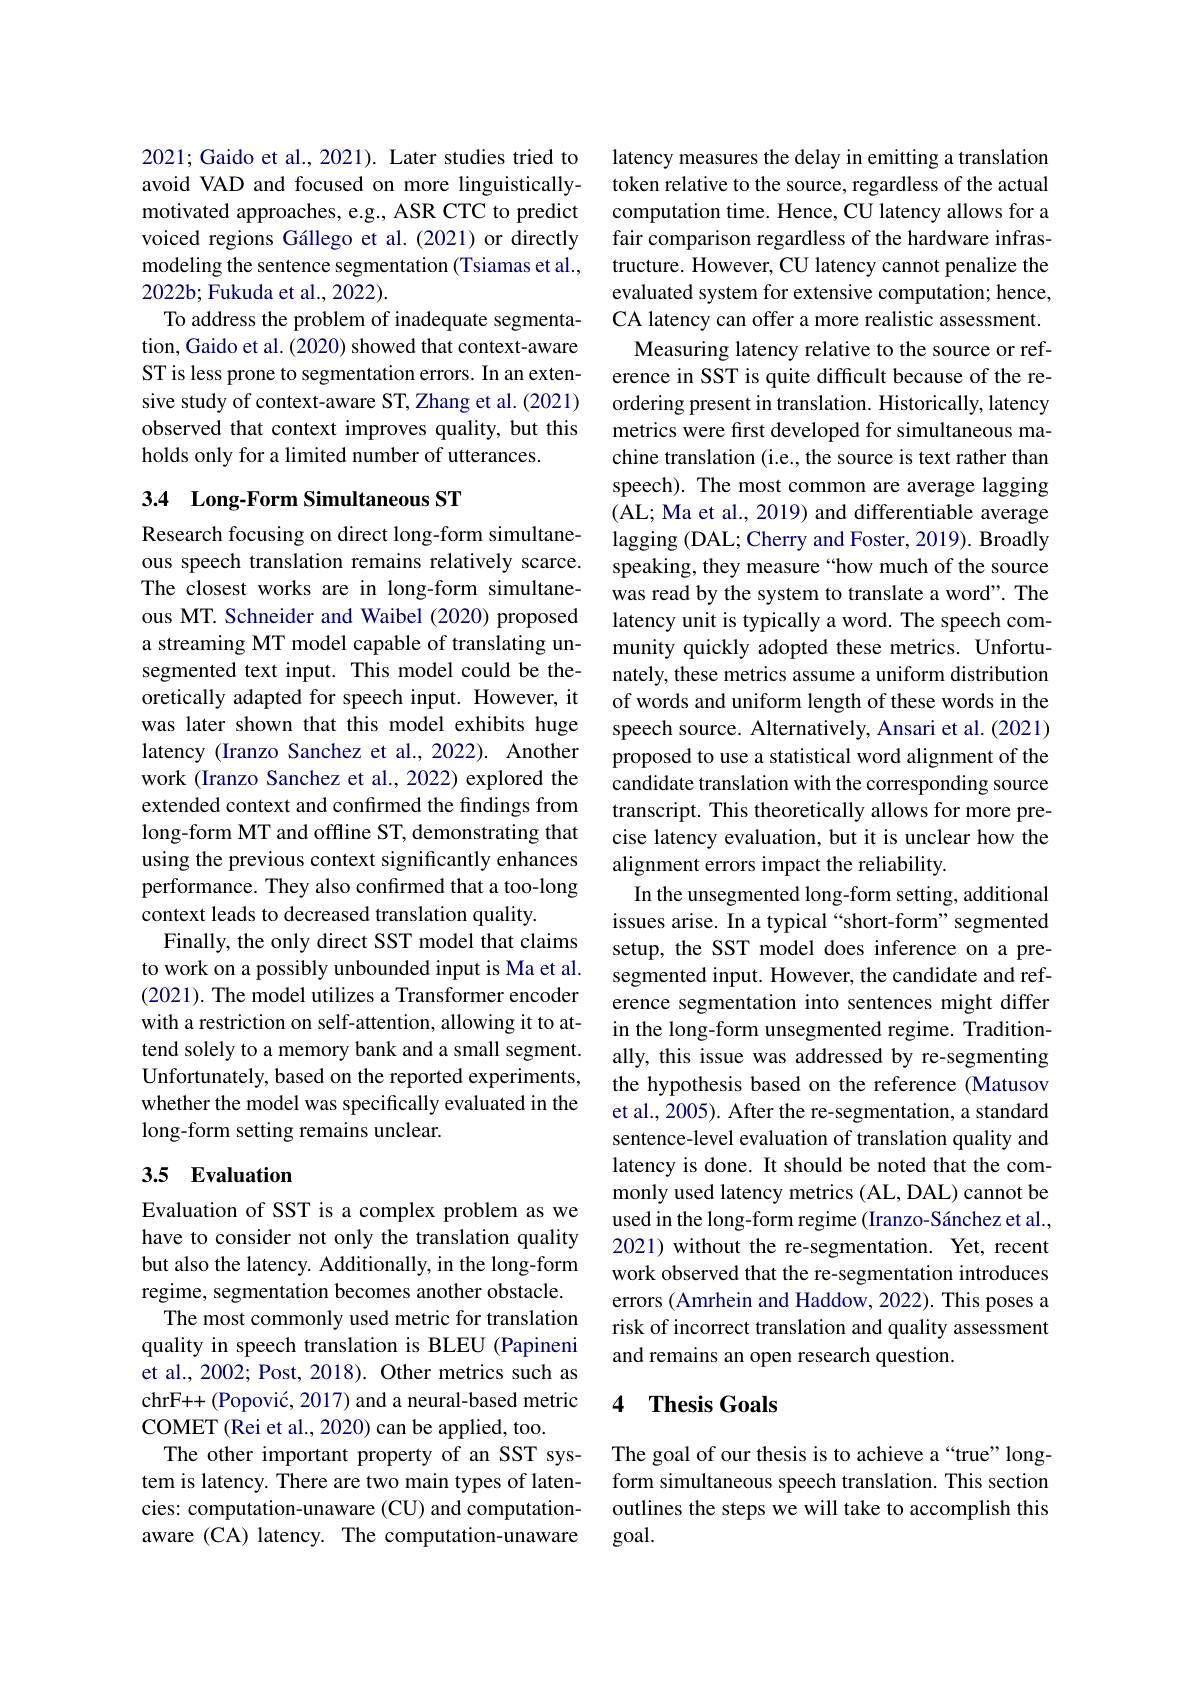
2021; Gaido et al., 2021). Later studies tried to avoid VAD and focused on more linguisticallymotivated approaches, e.g., ASR CTC to predict voiced regions Gállego et al.(2021) or directly modeling the sentence segmentation (Tsiamas et al., 2022b; Fukuda et al., 2022).
To address the problem of inadequate segmentation, Gaido et al. (2020) showed that context-aware ST is less prone to segmentation errors. In an extensive study of context-aware ST, Zhang et al.(2021) observed that context improves quality, but this holds only for a limited number of utterances.

## 3.4 Long-Form Simultaneous ST

Research focusing on direct long-form simultaneous speech translation remains relatively scarce. The closest works are in long-form simultaneous MT. Schneider and Waibel (2020) proposed a streaming MT model capable of translating unsegmented text input. This model could be theoretically adapted for speech input. However, it was later shown that this model exhibits huge latency (Iranzo Sanchez et al.,2022). Another work (Iranzo Sanchez et al., 2022) explored the extended context and confirmed the findings from long-form MT and offline ST, demonstrating that using the previous context significantly enhances performance. They also confirmed that a too-long context leads to decreased translation quality.
Finally, the only direct SST model that claims to work on a possibly unbounded input is Ma et al. (2021). The model utilizes a Transformer encoder with a restriction on self-attention, allowing it to attend solely to a memory bank and a small segment. Unfortunately, based on the reported experiments, whether the model was specifically evaluated in the long-form setting remains unclear.

## 3.5 Evaluation

Evaluation of SST is a complex problem as we have to consider not only the translation quality but also the latency. Additionally, in the long-form regime, segmentation becomes another obstacle.
The most commonly used metric for translation quality in speech translation is BLEU (Papineni et al., 2002; Post, 2018). Other metrics such as chrF++ (Popović, 2017) and a neural-based metric COMET (Rei et al., 2020) can be applied, too.
The other important property of an SST system is latency. There are two main types of latencies: computation-unaware (CU) and computationaware (CA) latency. The computation-unaware

latency measures the delay in emitting a translation token relative to the source, regardless of the actual computation time. Hence, CU latency allows for a fair comparison regardless of the hardware infrastructure. However, CU latency cannot penalize the evaluated system for extensive computation; hence, CA latency can offer a more realistic assessment.
Measuring latency relative to the source or reference in SST is quite difficult because of the reordering present in translation. Historically, latency metrics were first developed for simultaneous machine translation (i.e., the source is text rather than speech). The most common are average lagging (AL; Ma et al., 2019) and differentiable average lagging (DAL; Cherry and Foster, 2019). Broadly speaking, they measure “how much of the source was read by the system to translate a word". The latency unit is typically a word. The speech community quickly adopted these metrics. Unfortunately, these metrics assume a uniform distribution of words and uniform length of these words in the speech source. Alternatively, Ansari et al. (2021) proposed to use a statistical word alignment of the candidate translation with the corresponding source transcript. This theoretically allows for more precise latency evaluation, but it is unclear how the alignment errors impact the reliability.
In the unsegmented long-form setting, additional issues arise. In a typical “short-form”segmented setup, the SST model does inference on a presegmented input. However, the candidate and reference segmentation into sentences might differ in the long-form unsegmented regime. Traditionally, this issue was addressed by re-segmenting the hypothesis based on the reference (Matusov et al., 2005). After the re-segmentation, a standard sentence-level evaluation of translation quality and latency is done. It should be noted that the commonly used latency metrics (AL, DAL) cannot be used in the long-form regime (Iranzo-Sánchez et al., 2021) without the re-segmentation. Yet, recent work observed that the re-segmentation introduces errors (Amrhein and Haddow, 2022). This poses a risk of incorrect translation and quality assessment and remains an open research question.

## 4 Thesis Goals

The goal of our thesis is to achieve a“true” longform simultaneous speech translation. This section outlines the steps we will take to accomplish this goal.